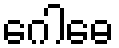
ဂေါဓေ